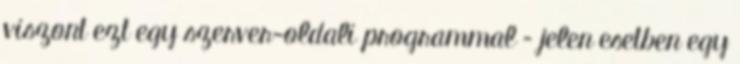
viszont ezt egy szerver-oldali programmal – jelen esetben egy